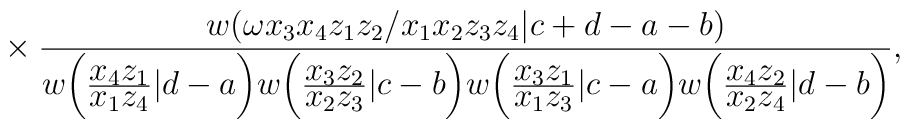
{}~\times \frac{w(\omega x_3x_4z_1z_2/x_1x_2z_3z_4|c+d-a-b)}{w\bigg(\frac{\displaystyle x_4z_1}{\displaystyle x_1z_4}|d-a\bigg)w\bigg(\frac{\displaystyle x_3z_2}{\displaystyle x_2z_3}|c-b\bigg)w\bigg(\frac{\displaystyle x_3z_1}{\displaystyle x_1z_3}|c-a\bigg)w\bigg(\frac{\displaystyle x_4z_2}{\displaystyle x_2z_4}|d-b\bigg)},